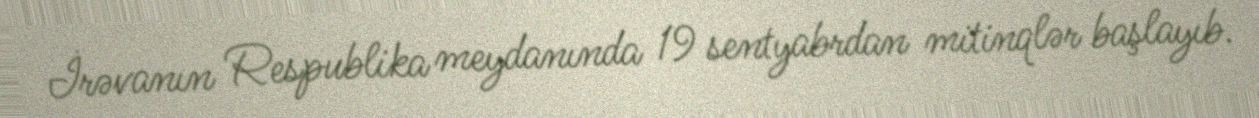
İrəvanın Respublika meydanında 19 sentyabrdan mitinqlər başlayıb.